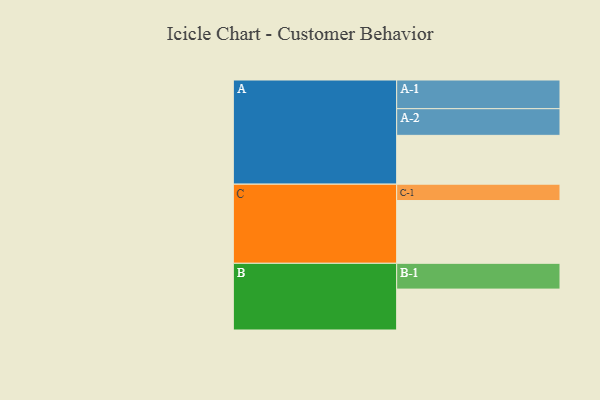
{"axis": {"x": "Segment", "y": "Value"}, "legend": ["", "A", "B", "C"], "data": [{"x": "A", "y": 456, "type": ""}, {"x": "B", "y": 382, "type": ""}, {"x": "C", "y": 586, "type": ""}, {"x": "A-1", "y": 268, "type": "A"}, {"x": "A-2", "y": 249, "type": "A"}, {"x": "B-1", "y": 241, "type": "B"}, {"x": "C-1", "y": 153, "type": "C"}]}